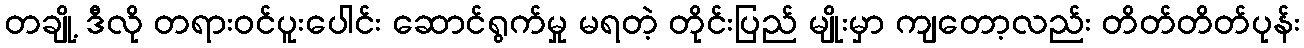
တချို့ ဒီလို တရားဝင်ပူးပေါင်း ဆောင်ရွက်မှု မရတဲ့ တိုင်းပြည် မျိုးမှာ ကျတော့လည်း တိတ်တိတ်ပုန်း